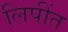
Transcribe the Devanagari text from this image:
लिपींत